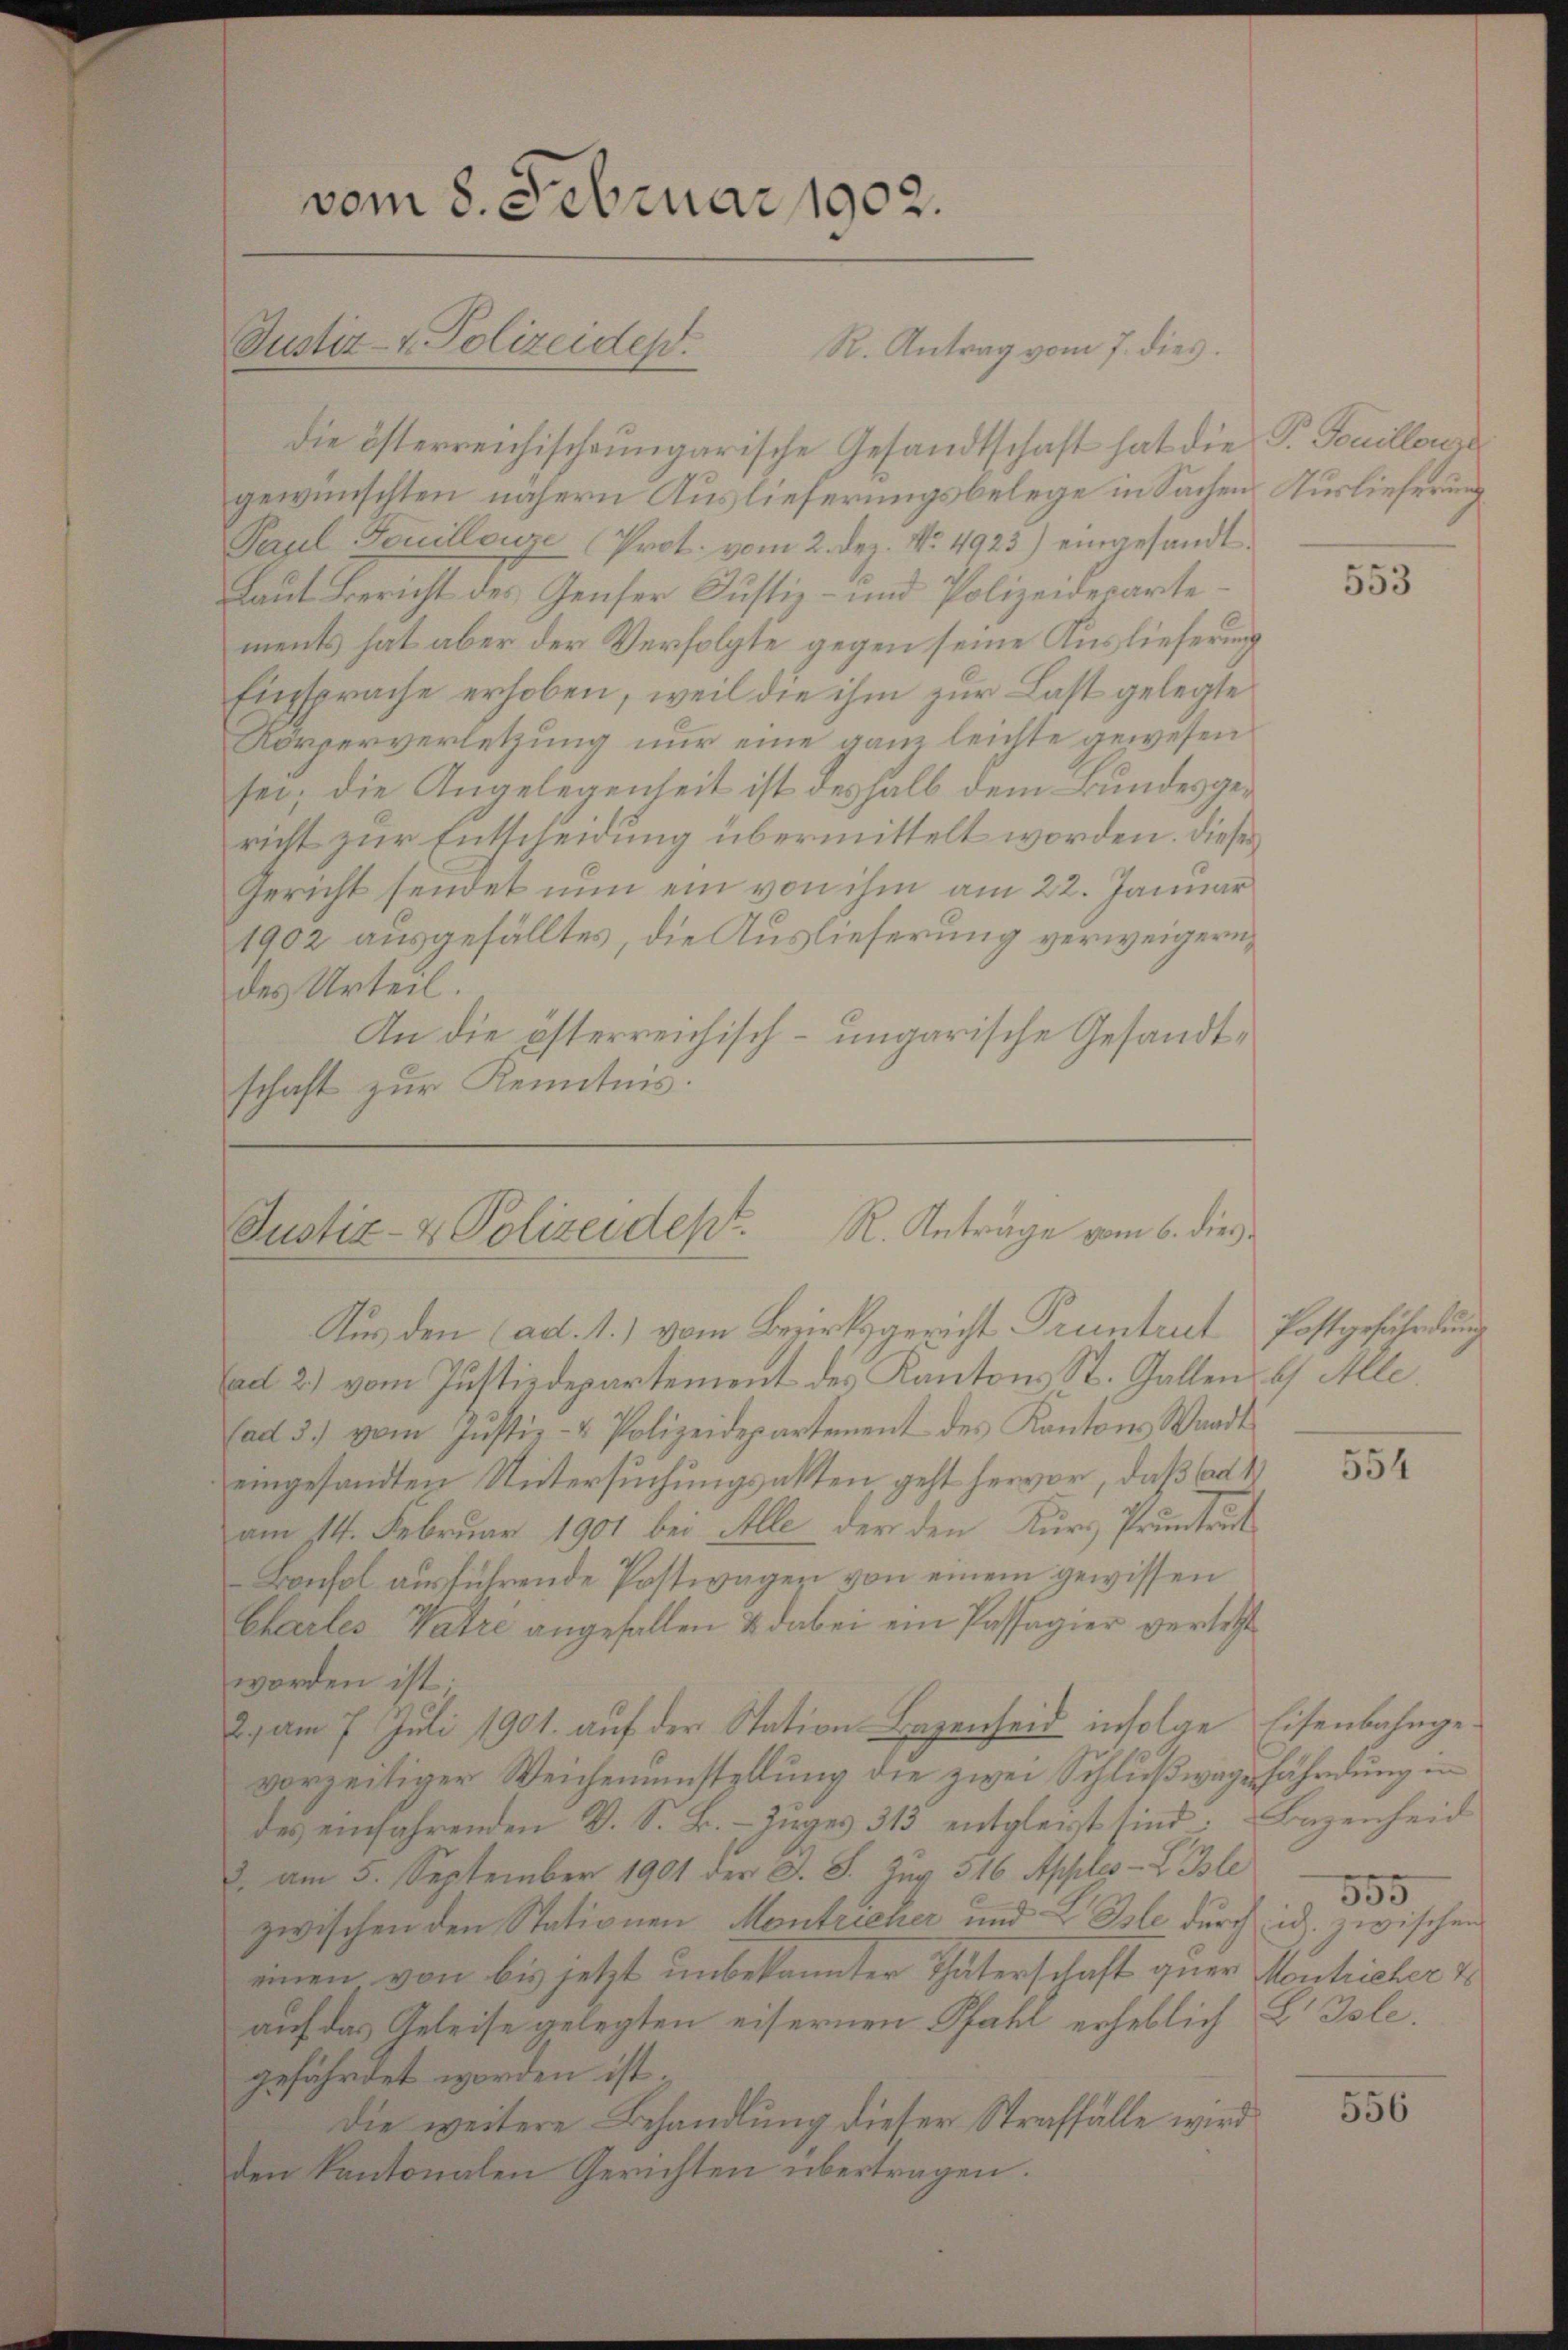
vom 8. Februar 1902.
Justiz- & Polizeidep

R. Antrag vom 7. dies
die österreichischeungarische Gesandtschaft hat die P. Touilleur
gewünschten nähern Auslieferungsbelege in Sachen Auslieferung
Paul Fouilleur Prot. vom 2. dez. No. 4923) eingesandt
Laut Bericht des Genfer Justiz- und Polizeidesartements hat aber der Verfolgte gegen seine Auslieferung
Einsprache erhoben, weil die ihm zur Last gelegte
Körperverletzung nur eine ganz leichte gewesen
sei; die Angelegenheit ist deshalb dem Bundesgericht zur Entscheidung übermittelt worden. Dieses
Gericht sendet nun ein von ihm am 22. Januar
1902 ausgefälltes, die Auslieferung verweigern,
des Urteil.
An die österreichisch-ungarische Gesandtschaft zur Kenntnis.

Aus den (ad. 1.) vom Bezirksgericht Pruntrut Postgefährdung
Cad 2.) vom Justizdepartement des Kantons St. Gallen u. Alle
fad 3.) vom Justiz- & Polizeidepartement des Kantons Waadt
eingesandten Untersuchungsakten, geht hervor, daß ad 1
am 14. Februar 1901 bei Alle der den Kurz Pruntrut
Bonfol ausführende Postwagen von einem gewissen
Charles Vatre angefallen & dabei ein Passagier verletzt
worden ist.
2. am 7. Juli 1901. aŭf der Station-Bazenseid infolge Eisenbahnge-
vorzeitiger Weichenumstellung die zwei Schlußwagefährdung in
des einfahrenden V. S. B. - Zuges 313 entgleicht sind: Bazenheid
2. am 5. September 1901 der J. S. Zug 316 Apples - Lele
zwischen den Stationen Montricher und E Isle durch id. zwischen
einen von bis jetzt unbekannter Thäterschaft quer Montricher T
auf das Geleise gelegten eisernen Pfahl erheblich B. Isle.
gefährdet worden ist.
Die weitere Behandlung dieser Straffalle wird
den kantonalen Gerichten übertragen.

Justiz- & Polizeidept. R. Anträge vom 6. dies

553

554

555

556